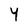
Character: 4